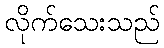
လိုက်သေးသည်